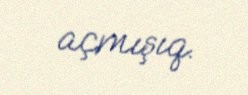
açmışıq.